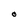
Character: O